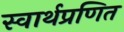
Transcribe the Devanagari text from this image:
स्वार्थप्रणित